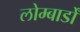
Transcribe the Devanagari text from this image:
लोम्बार्डों